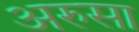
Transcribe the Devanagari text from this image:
अरुसा